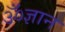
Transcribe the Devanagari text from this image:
ॐज्ञान